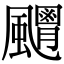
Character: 𩙊